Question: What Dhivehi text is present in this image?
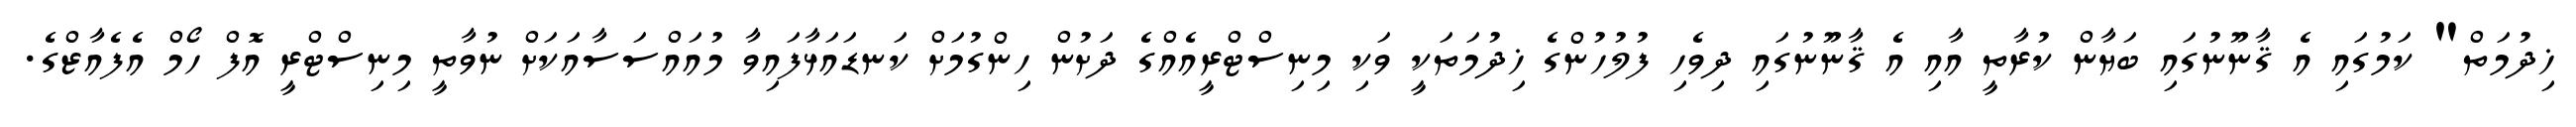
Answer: ޚިދުމަތް" ކަމުގައި އެ ޤާނޫނުގައި ބަޔާން ކުރާތީ އާއި އެ ޤާނޫނުގައި ދިވެހި ފުލުހުންގެ ޚިދުމަތަކީ ވަކި މިނިސްޓްރީއެއްގެ ދަށުން ހިންގުމަށް ކަނޑައަޅާފައިވާ މުއައްސަސާއަކަށް ނުވާތީ މިނިސްޓްރީ އޮފް ހޯމް އެފެއާޒްގެ.